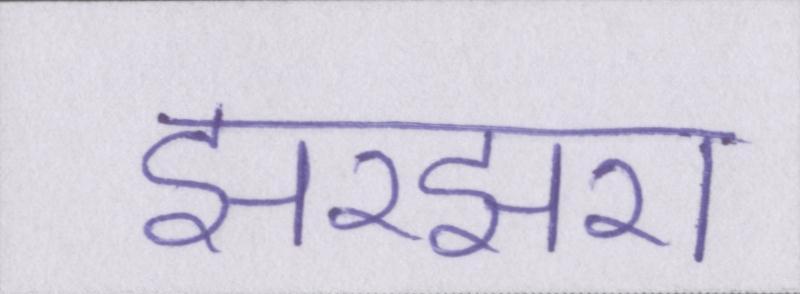
झरझरा